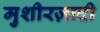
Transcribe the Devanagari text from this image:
मुशीरज़ादी